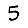
Digit: 5